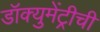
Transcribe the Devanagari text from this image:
डॉक्युमेंट्रीची